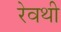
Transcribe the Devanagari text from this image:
रेवथी